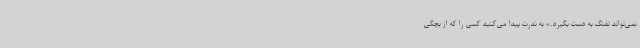
نمی‌تواند تفنگ به دست بگیرد.» به ندرت پیدا می‌کنید کسی را که از بچگی